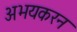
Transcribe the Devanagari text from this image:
अभयकरन